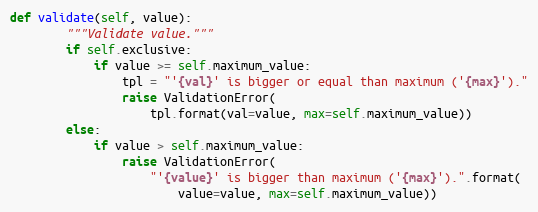
Language: Python
def validate(self, value):
        """Validate value."""
        if self.exclusive:
            if value >= self.maximum_value:
                tpl = "'{val}' is bigger or equal than maximum ('{max}')."
                raise ValidationError(
                    tpl.format(val=value, max=self.maximum_value))
        else:
            if value > self.maximum_value:
                raise ValidationError(
                    "'{value}' is bigger than maximum ('{max}').".format(
                        value=value, max=self.maximum_value))